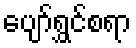
ပျော်ရွှင်စရာ